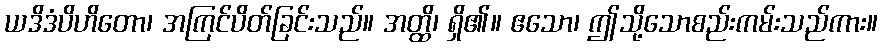
ယဒိဒံပိဟိတော၊ အကြင်ပိတ်ခြင်းသည်။ အတ္ထိ၊ ရှိ၏။ ဧသော၊ ဤသို့သောစည်းကမ်းသည်ကား။